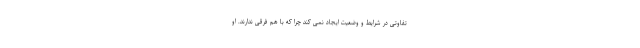
تفاوتی در شرایط و وضعیت ایجاد نمی کند چرا که با هم فرقی ندارند. او